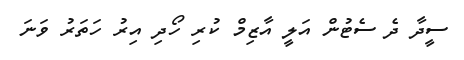
ސީދާ ދެ ސެޓުން އަލީ އާޒިމް ކުރި ހޯދި އިރު ހަތަރު ވަނަ